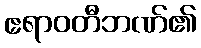
ဧရာဝတီဘဏ်၏